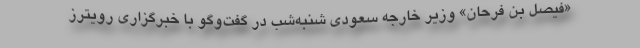
«فیصل بن فرحان» وزیر خارجه سعودی شنبه‌شب در گفت‌وگو با خبرگزاری رویترز